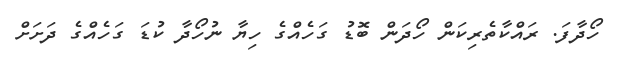
ހޯދާފަ. ރައްކާތެރިކަން ހޯދަން ބޮޑު ގަހެއްގެ ހިޔާ ނުހޯދާ ކުޑަ ގަހެއްގެ ދަށަށް